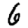
Digit: 6